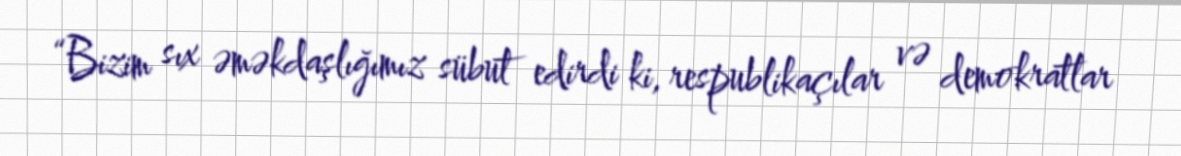
“Bizim sıx əməkdaşlığımız sübut edirdi ki, respublikaçılar və demokratlar